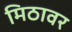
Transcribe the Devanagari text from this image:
मिठावर